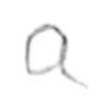
Text: a
Cross-out: clean
Writing tool: pencil